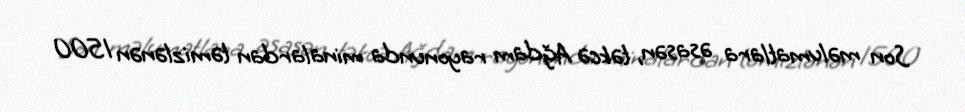
Son məlumatlara əsasən, təkcə Ağdam rayonunda minalardan təmizlənən 1500